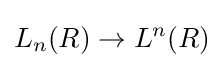
L_{n}(R)\to L^{n}(R)